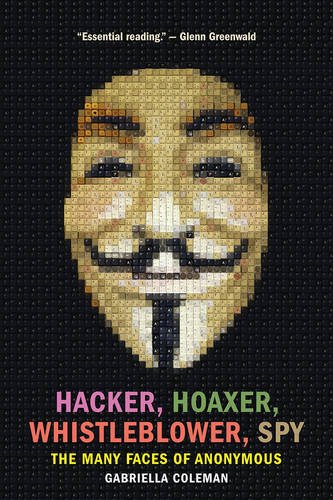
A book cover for Hacker, Hoaxer, Whistleblower, Spy: The Many Faces of Anonymous; Gabriella Coleman; Computers & Technology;